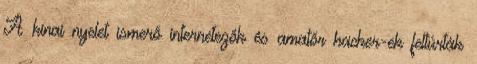
A kínai nyelet ismerő internetezők és amatőr hacker-ek feltúrták